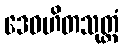
ဒေဝဟိတသုတ္တံ